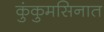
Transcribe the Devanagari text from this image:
कुंकुमसिनात